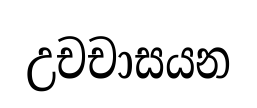
උචචාසයන